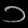
Digit: ၁